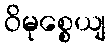
ဝိမုစ္စေယျ